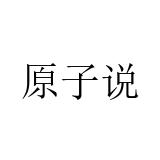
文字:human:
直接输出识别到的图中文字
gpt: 原子说